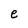
Character: e